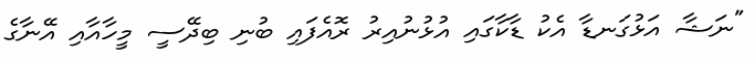
"ނަޝާ އަޅުގަނޑާ އެކު ޑާކާގައި އުޅުނުއިރު ރޮއެފައި ބުނި ބިދޭސީ މީހާއާއި އޭނާގެ